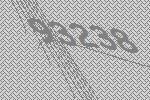
93238